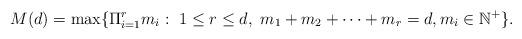
LaTeX: \begin{align*}M(d)={\rm max}\{\Pi_{i=1}^{r}m_i:\ 1\leq r\leq d,\ m_1+m_2+\cdots+m_r=d, m_i\in\mathbb{N}^{+}\}.\end{align*}